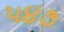
૫૪૭